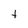
Character: t